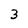
Character: 3